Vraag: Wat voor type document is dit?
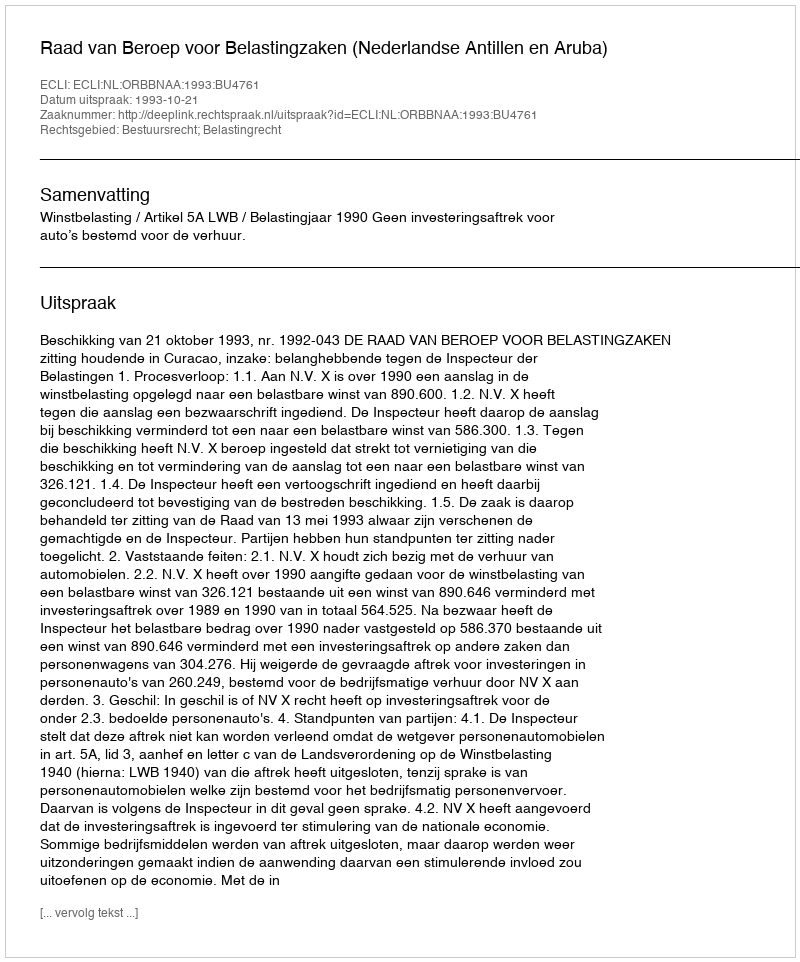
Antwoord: Uitspraak